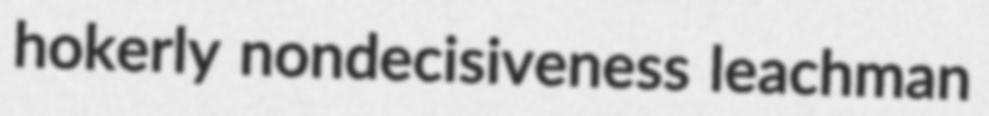
hokerly nondecisiveness leachman